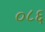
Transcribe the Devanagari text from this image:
०८६